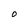
Character: O